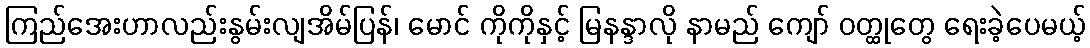
ကြည်အေးဟာလည်းနွမ်းလျအိမ်ပြန်၊ မောင် ကိုကိုနှင့် မြနန္ဒာလို နာမည် ကျော် ဝတ္ထုတွေ ရေးခဲ့ပေမယ့်